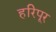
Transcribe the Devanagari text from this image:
हरिपूर